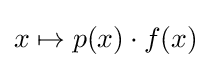
x\mapsto p(x)\cdot f(x)